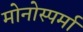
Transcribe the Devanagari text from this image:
मोनोस्पर्मा